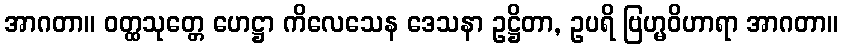
အာဂတာ။ ဝတ္ထသုတ္တေ ဟေဋ္ဌာ ကိလေသေန ဒေသနာ ဥဋ္ဌိတာ, ဥပရိ ဗြဟ္မဝိဟာရာ အာဂတာ။